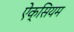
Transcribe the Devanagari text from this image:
ऐक्सियम